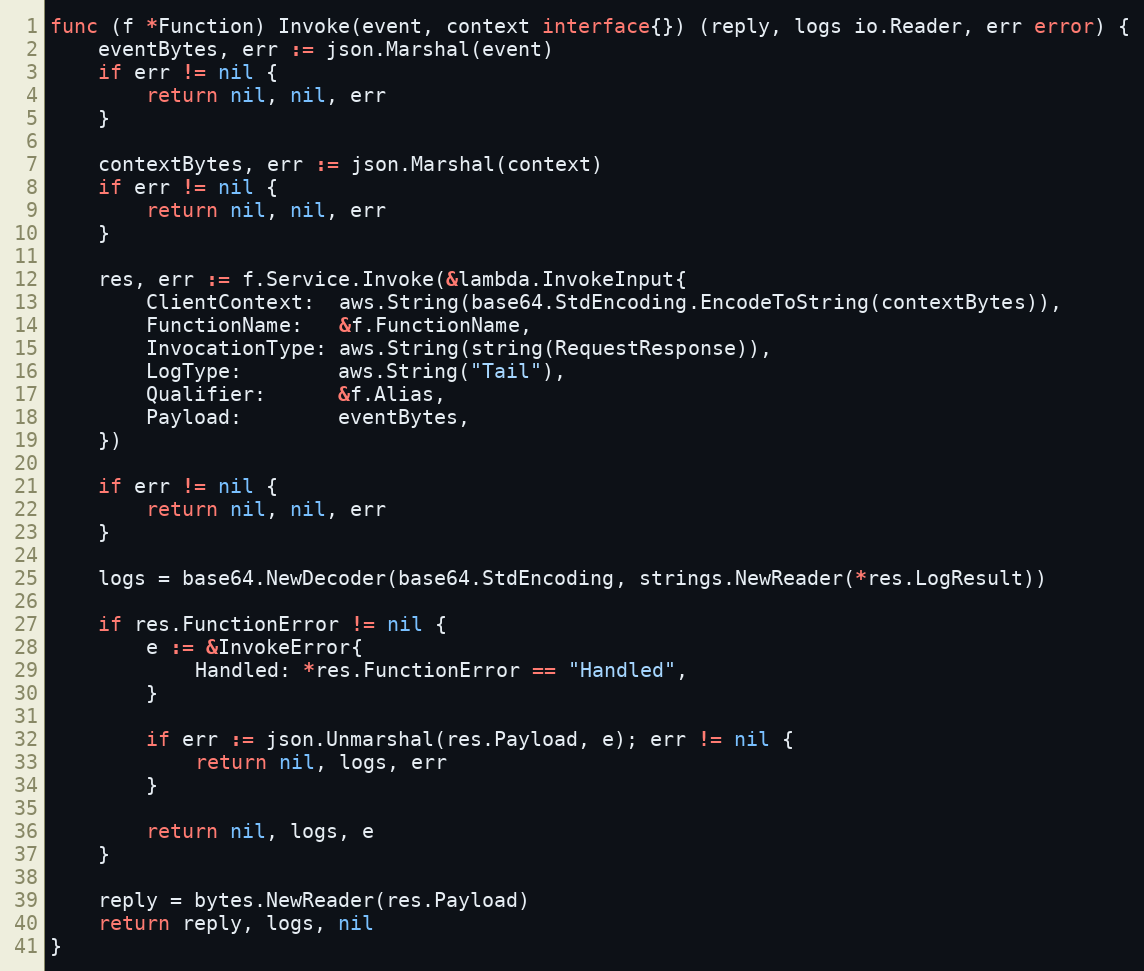
Language: Go
func (f *Function) Invoke(event, context interface{}) (reply, logs io.Reader, err error) {
	eventBytes, err := json.Marshal(event)
	if err != nil {
		return nil, nil, err
	}

	contextBytes, err := json.Marshal(context)
	if err != nil {
		return nil, nil, err
	}

	res, err := f.Service.Invoke(&lambda.InvokeInput{
		ClientContext:  aws.String(base64.StdEncoding.EncodeToString(contextBytes)),
		FunctionName:   &f.FunctionName,
		InvocationType: aws.String(string(RequestResponse)),
		LogType:        aws.String("Tail"),
		Qualifier:      &f.Alias,
		Payload:        eventBytes,
	})

	if err != nil {
		return nil, nil, err
	}

	logs = base64.NewDecoder(base64.StdEncoding, strings.NewReader(*res.LogResult))

	if res.FunctionError != nil {
		e := &InvokeError{
			Handled: *res.FunctionError == "Handled",
		}

		if err := json.Unmarshal(res.Payload, e); err != nil {
			return nil, logs, err
		}

		return nil, logs, e
	}

	reply = bytes.NewReader(res.Payload)
	return reply, logs, nil
}